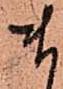
ま